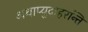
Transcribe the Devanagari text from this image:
अथाप्युदाहरन्ति